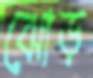
ঝোড়